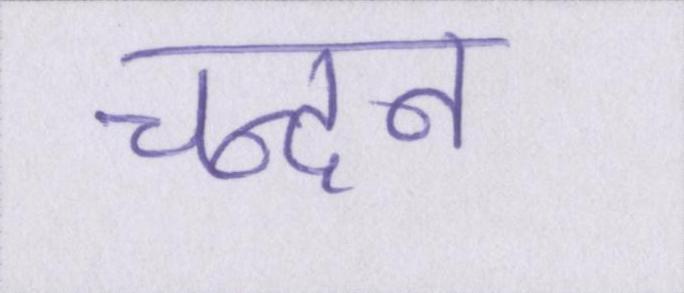
चन्दन